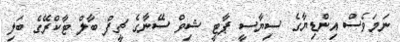
ނަމަވެސް އިންޑިޔާގެ ސިޔާސީ ޕާޓީ ޝިވް ސޭނާގެ ޗީފް ބާލް ޓާކްރޭގެ ބަލި